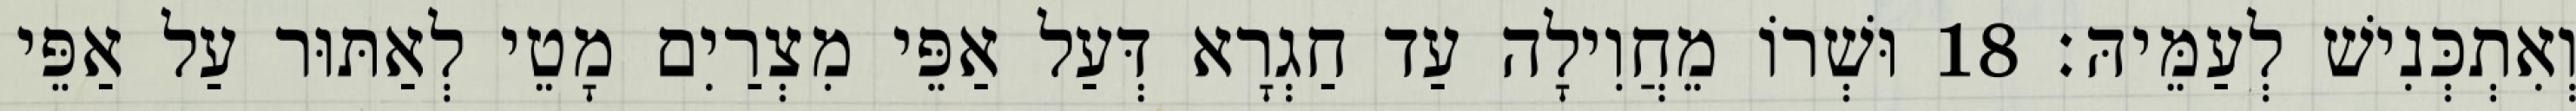
וְאִתְכְּנִישׁ לְעַמֵּיהּ׃ 18 וּשְׁרוֹ מֵחֲוִילָה עַד חַגְרָא דְּעַל אַפֵּי מִצְרַיִם מָטֵי לְאַתּוּר עַל אַפֵּי